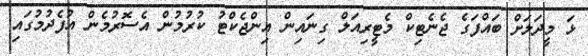
ޅަ މީދަލަށް ބައްފަގެ ޖެނެޓިކް މެޓީރިއަލް ގިނައިން އިންޖެކްޓު ކުރުމުން އެސޮރުމެން އުފެދުމުގައި